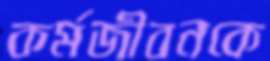
কর্মজীবনকে